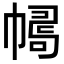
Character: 𢄛